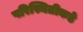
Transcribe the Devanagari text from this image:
परिस्थितीकडे